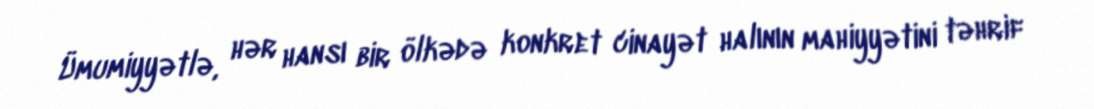
Ümumiyyətlə, hər hansı bir ölkədə konkret cinayət halının mahiyyətini təhrif